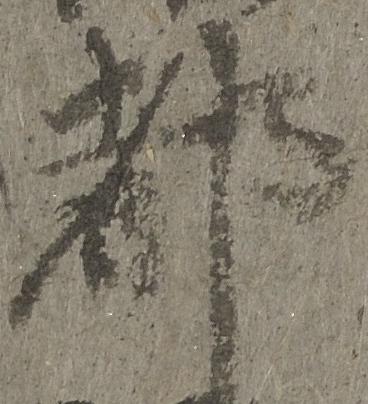
都